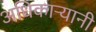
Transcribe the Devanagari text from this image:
अधिकाऱ्यानी